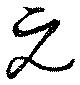
元